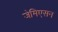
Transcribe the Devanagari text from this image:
जेमिएसन